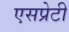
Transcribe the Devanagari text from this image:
एसप्रेटी